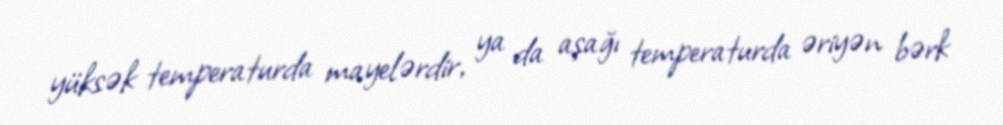
yüksək temperaturda mayelərdir, ya da aşağı temperaturda əriyən bərk